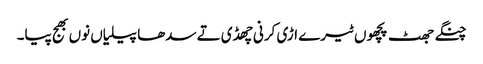
چنگے جھٹ پچھوں ٹیرے اڑی کرنی چھڈی تے سدھا پیلیاں نوں بھج پیا۔